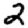
Digit: 2